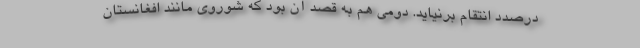
درصدد انتقام برنیاید. دومی هم به قصد آن بود که شوروی مانند افغانستان